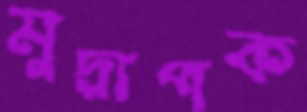
মুদ্রাপক